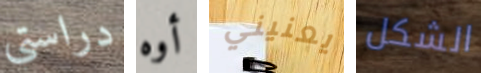
دراستي أوه يعنيني الشكل